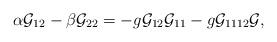
LaTeX: \begin{align*}\alpha {\cal G}_{12}-\beta {\cal G}_{22}=-g{\cal G}_{12}{\cal G}_{11}-g{\cal G}_{1112}{\cal G},\end{align*}